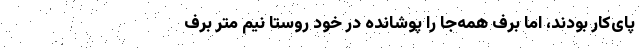
پای‌کار بودند، اما برف همه‌جا را پوشانده در خود روستا نیم متر برف